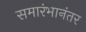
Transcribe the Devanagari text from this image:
समारंभानंतर